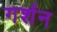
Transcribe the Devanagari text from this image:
गर्शन